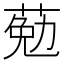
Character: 葂